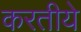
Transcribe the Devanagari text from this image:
करतीये